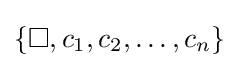
{\textstyle \{\Box ,c_{1},c_{2},\ldots ,c_{n}\}}